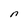
Character: n